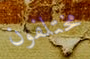
مختلفون